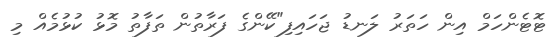
ޓޮޓެންހަމް އިން ހަތަރު ލަނޑު ޖަހައިފި"ކޭންގެ ފަރާތުން ތަފާތު މޮޅު ކުޅުމެއް މި